Report of the Indian Hemp Drugs Commission, 1894-1895 - Volume V
Year: 1894
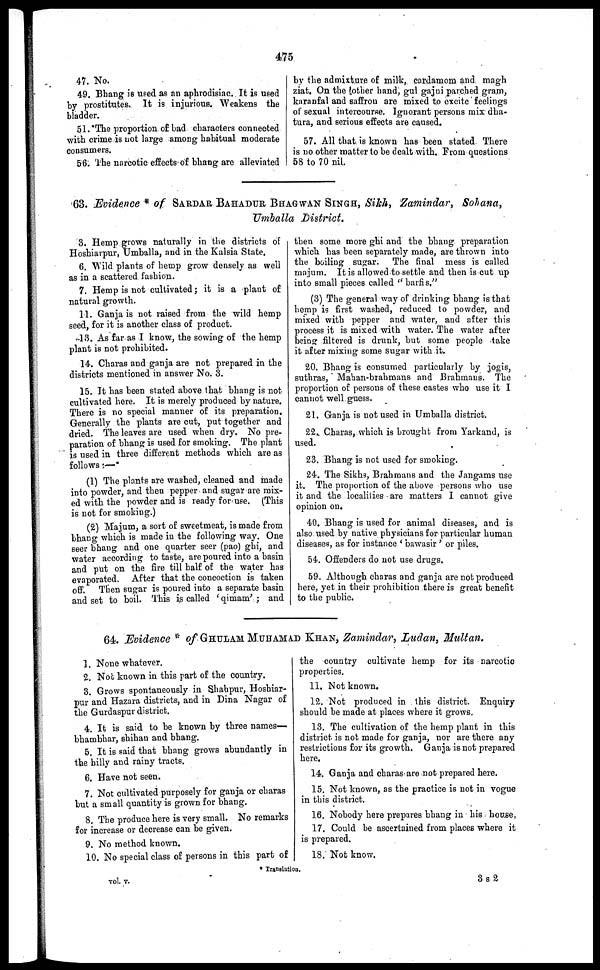
475
47. No.
49. Bhang is used as an aphrodisiac. It is used
by prostitutes. It is injurious. Weakens the
bladder.
51. The proportion of bad characters connected
with crime is not large among habitual moderate
consumers.
56. The narcotic effects of bhang are alleviated
by the admixture of milk, cardamom and magh
ziat. On the other hand, gul gajni parched gram,
karanfal and saffron are mixed to excite feelings
of sexual intercourse. Ignorant persons mix dha-
tura, and serious effects are caused.
57. All that is known has been stated There
is no other matter to be dealt with. From questions
58 to 70 nil.
63. Evidence * of SARDAR BAHADUR BHAGWAN SINGH, Sikh, Zamindar, Sohana,
Umballa District.
3. Hemp grows naturally in the districts of
Hoshiarpur, Umballa, and in the Kalsia State.
6. Wild plants of hemp grow densely as well
as in a scattered fashion.
7. Hemp is not cultivated; it is a plant of
natural growth.
11. Ganja is not raised from the wild hemp
seed, for it is another class of product.
13. As far as I know, the sowing of the hemp
plant is not prohibited.
14. Charas and ganja are not prepared in the
districts mentioned in answer No. 3.
15. It has been stated above that bhang is not
cultivated here. It is merely produced by nature.
There is no special manner of its preparation.
Generally the plants are cut, put together and
dried. The leaves are used when dry. No pre-
paration of bhang is used for smoking. The plant
is used in three different methods which are as
follows :—
(1) The plants are washed, cleaned and made
into powder, and then pepper and sugar are mix-
ed with the powder and is ready for use. (This
is not for smoking.)
(2) Majum, a sort of sweetmeat, is made from
bhang which is made in the following way. One
seer bhang and one quarter seer (pao) ghi, and
water according to taste, are poured into a basin
and put on the fire till half of the water has
evaporated. After that the concoction is taken
off. Then sugar is poured into a separate basin
and set to boil. This is called ' qimam' ; and
then some more ghi and the bhang preparation
which has been separately made, are thrown into
the boiling sugar. The final mess is called
majum. It is allowed to settle and then is cut up
into small pieces called " barfis.'"
(3) The general way of drinking bhang is that
hemp is first washed, reduced to powder, and
mixed with pepper and water, and after this
process it is mixed with water. The water after
being filtered is drunk, but some people take
it after mixing some sugar with it.
20. Bhang is consumed particularly by jogis,
suthras, Maban-brahmans and Brahmans. The
proportion of persons of these castes who use it I
cannot well guess.
21. Ganja is not used in Umballa district.
22. Charas, which is brought from Yarkand, is
used.
23. Bhang is not used for smoking.
24. The Sikhs, Brahmans and the Jangams use
it. The proportion of the above persons who use
it and the localities are matters I cannot give
opinion on.
40. Bhang is used for animal diseases, and is
also used by native physicians for particular human
diseases, as for instance ' bawasir' or piles.
54. Offenders do not use drugs.
59. Although charas and ganja are not produced
here, yet in their prohibition there is great benefit
to the public.
64. Evidence * of GHULAM MUHAMAD KHAN, Zamindar, Ludan, Multan.
1. None whatever.
2. Not known in this part of the country.
3. Grows spontaneously in Shahpur, Hosbiar-
pur and Hazara districts, and in Dina Nagar of
the Gurdaspur district.
4. It is said to be known by three names—
bhambhar, shihan and bhang.
5. It is said that bhang grows abundantly in
the hilly and rainy tracts.
6. Have not seen.
7. Not cultivated purposely for ganja or charas
but a small quantity is grown for bhang.
8. The produce here is very small. No remarks
for increase or decrease can be given.
9. No method known.
10. No special class of persons in this part of
the country cultivate hemp for its narcotic
properties.
11. Not known.
12. Not produced in this district. Enquiry
should he made at places where it grows.
13. The cultivation of the hemp plant in this
district is not made for ganja, nor are there any
restrictions for its growth. Ganja is not prepared
here.
14. Ganja and charas are not prepared here.
15. Not known, as the practice is not in vogue
in this district.
16. Nobody here prepares bhang in his house,
17. Could be ascertained from places where it
is prepared.
18. Not know.
3 s 2
* Translation.
vol. v.
3 s 2